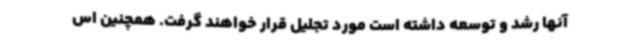
آنها رشد و توسعه داشته است مورد تجلیل قرار خواهند گرفت. همچنین اس